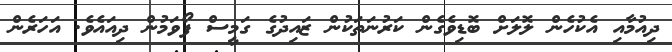
ދިއުމާއި އެކުހެން ލޮލަށް ބޮޑިވެގެން ކަރުނަތަކުން ޒައިދުގެ ގަމީސް ފޯވަމުން ދިއައެވެ. އަހަރެން